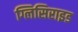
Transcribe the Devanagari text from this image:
ग्लिसिराइड